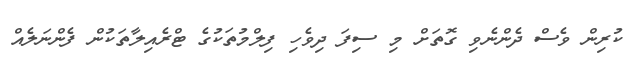
ކުރިން ވެސް ދެންނެވި ގޮތަށް މި ސިފަ ދިވެހި ފިލްމުތަކުގެ ޓްރެއިލާތަކުން ފެންނަލެއް